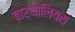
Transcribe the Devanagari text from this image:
बार्थोलियस